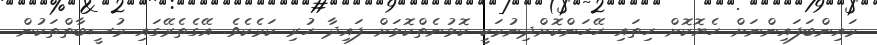
މައިންބަފައިންނަށް ހެޔޮކޮށް ހިތައި ހޭހަންކޮށްދިނުމަކީ ކޮޅުނެތްކޮޅަށް ފައިދާ ހުރި ކަމެކެވެ. އޭގެެތެރޭގައި މުސީބާތްތަކުން